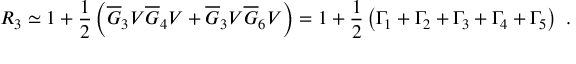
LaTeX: R _ { 3 } \simeq 1 + { \frac { 1 } { 2 } } \left( \overline { { G } } _ { 3 } V \overline { { G } } _ { 4 } V + \overline { { G } } _ { 3 } V \overline { { G } } _ { 6 } V \right) = 1 + { \frac { 1 } { 2 } } \left( \Gamma _ { 1 } + \Gamma _ { 2 } + \Gamma _ { 3 } + \Gamma _ { 4 } + \Gamma _ { 5 } \right) \ .